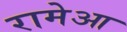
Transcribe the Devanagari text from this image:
रामेआ